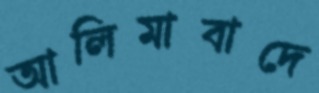
আলিমাবাদে